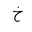
Letter: _kha